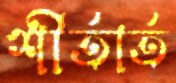
শীর্তার্ত